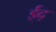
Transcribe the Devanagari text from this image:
ईद्